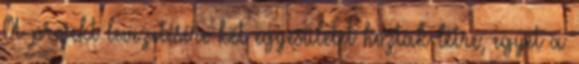
A projekt levezetésére két egyesületet hoztak létre, egyet a